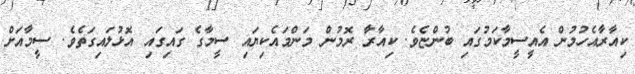
ކިއާރާއެހުމުން އެއީސީމާކަމުގައި ބުންޏެވެ. ކިއާރާ ރޮމުން މަންމައެކިޔައި ސީމާގެ ގައިގައި އޮޅުލައިގަތެވެ. ސީމާއަށް